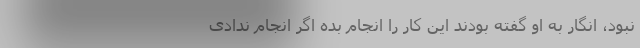
نبود، انگار به او گفته بودند این کار را انجام بده اگر انجام ندادی